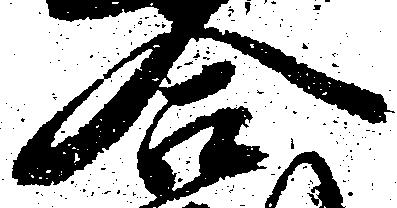
合